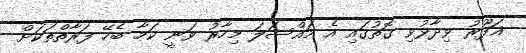
ޣަފޫރު ވިދާޅުވި ގޮތުގައި އެ މައްސަލަ މިހާރު ވަނީ ކަމާ ބެހޭ ފަރާތްތަކަށް